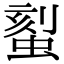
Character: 𫋉